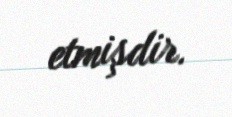
etmişdir.